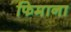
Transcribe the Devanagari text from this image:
फिमाना